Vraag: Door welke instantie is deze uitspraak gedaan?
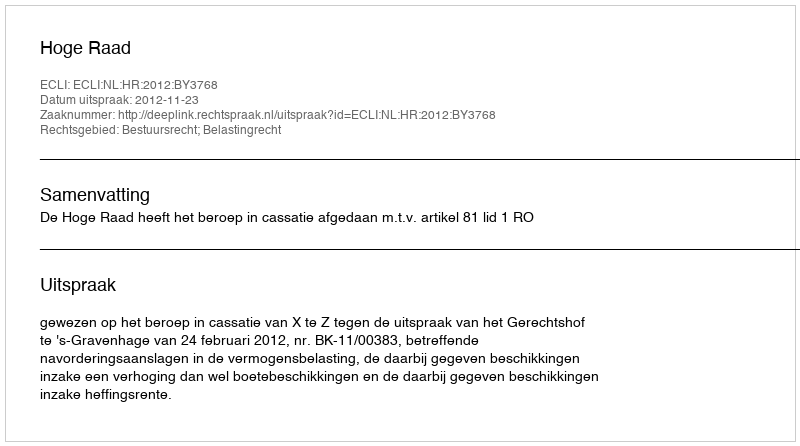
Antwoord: Hoge Raad